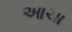
આચા